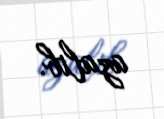
azalıb.